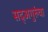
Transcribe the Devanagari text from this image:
सद्‍अगुरुंचा